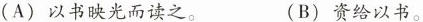
(A)以书映光而读之。 (B)资给以书。